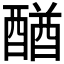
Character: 𨡴